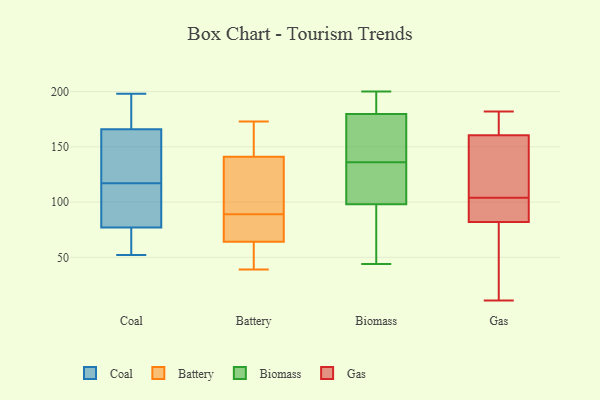
{"axis": {"x": "Net Income (USD K)", "y": "Value"}, "legend": ["Battery", "Biomass", "Coal", "Gas"], "data": [{"x": "", "y": 136, "type": "Coal"}, {"x": "", "y": 166, "type": "Coal"}, {"x": "", "y": 52, "type": "Coal"}, {"x": "", "y": 54, "type": "Coal"}, {"x": "", "y": 167, "type": "Coal"}, {"x": "", "y": 197, "type": "Coal"}, {"x": "", "y": 109, "type": "Coal"}, {"x": "", "y": 163, "type": "Coal"}, {"x": "", "y": 103, "type": "Coal"}, {"x": "", "y": 52, "type": "Coal"}, {"x": "", "y": 198, "type": "Coal"}, {"x": "", "y": 77, "type": "Coal"}, {"x": "", "y": 125, "type": "Coal"}, {"x": "", "y": 92, "type": "Coal"}, {"x": "", "y": 42, "type": "Battery"}, {"x": "", "y": 110, "type": "Battery"}, {"x": "", "y": 131, "type": "Battery"}, {"x": "", "y": 173, "type": "Battery"}, {"x": "", "y": 55, "type": "Battery"}, {"x": "", "y": 67, "type": "Battery"}, {"x": "", "y": 74, "type": "Battery"}, {"x": "", "y": 167, "type": "Battery"}, {"x": "", "y": 139, "type": "Battery"}, {"x": "", "y": 147, "type": "Battery"}, {"x": "", "y": 70, "type": "Battery"}, {"x": "", "y": 39, "type": "Battery"}, {"x": "", "y": 89, "type": "Battery"}, {"x": "", "y": 164, "type": "Biomass"}, {"x": "", "y": 185, "type": "Biomass"}, {"x": "", "y": 136, "type": "Biomass"}, {"x": "", "y": 191, "type": "Biomass"}, {"x": "", "y": 110, "type": "Biomass"}, {"x": "", "y": 94, "type": "Biomass"}, {"x": "", "y": 44, "type": "Biomass"}, {"x": "", "y": 123, "type": "Biomass"}, {"x": "", "y": 147, "type": "Biomass"}, {"x": "", "y": 56, "type": "Biomass"}, {"x": "", "y": 200, "type": "Biomass"}, {"x": "", "y": 102, "type": "Gas"}, {"x": "", "y": 182, "type": "Gas"}, {"x": "", "y": 30, "type": "Gas"}, {"x": "", "y": 11, "type": "Gas"}, {"x": "", "y": 158, "type": "Gas"}, {"x": "", "y": 116, "type": "Gas"}, {"x": "", "y": 83, "type": "Gas"}, {"x": "", "y": 163, "type": "Gas"}, {"x": "", "y": 81, "type": "Gas"}, {"x": "", "y": 177, "type": "Gas"}, {"x": "", "y": 106, "type": "Gas"}, {"x": "", "y": 91, "type": "Gas"}, {"x": "", "y": 87, "type": "Gas"}, {"x": "", "y": 33, "type": "Gas"}, {"x": "", "y": 128, "type": "Gas"}, {"x": "", "y": 177, "type": "Gas"}]}